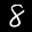
Label: 8